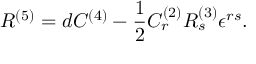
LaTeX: R ^ { ( 5 ) } = d C ^ { ( 4 ) } - \frac { 1 } { 2 } C _ { r } ^ { ( 2 ) } R _ { s } ^ { ( 3 ) } \epsilon ^ { r s } .